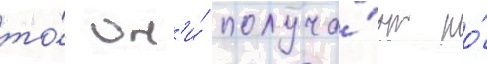
то́ он'и́ получа́ют по́